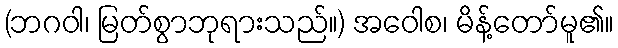
(ဘဂဝါ၊ မြတ်စွာဘုရားသည်။) အဝေါစ၊ မိန့်တော်မူ၏။